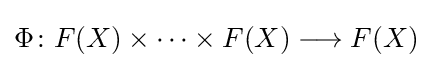
\Phi \colon F(X)\times \cdots \times F(X)\longrightarrow F(X)